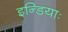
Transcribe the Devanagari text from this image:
इन्डियाः